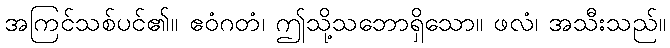
အကြင်သစ်ပင်၏။ ဧဝံဂတံ၊ ဤသို့သဘောရှိသော။ ဖလံ၊ အသီးသည်။